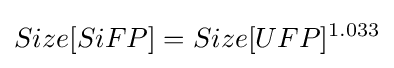
Size[SiFP]=Size[UFP]^{1.033}